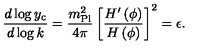
{ \frac { d \log { y _ { \mathrm { c } } } } { d \log { k } } } = { \frac { m _ { \mathrm { P l } } ^ { 2 } } { 4 \pi } } \left[ { \frac { H ^ { \prime } \left( \phi \right) } { H \left( \phi \right) } } \right] ^ { 2 } = \epsilon .